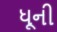
ધૂની